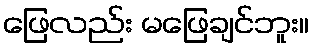
ဖြေလည်း မဖြေချင်ဘူး။